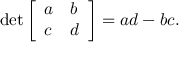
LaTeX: \operatorname* { d e t } { \left[ \begin{array} { l l } { a } & { b } \\ { c } & { d } \end{array} \right] } = a d - b c .